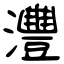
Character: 灃